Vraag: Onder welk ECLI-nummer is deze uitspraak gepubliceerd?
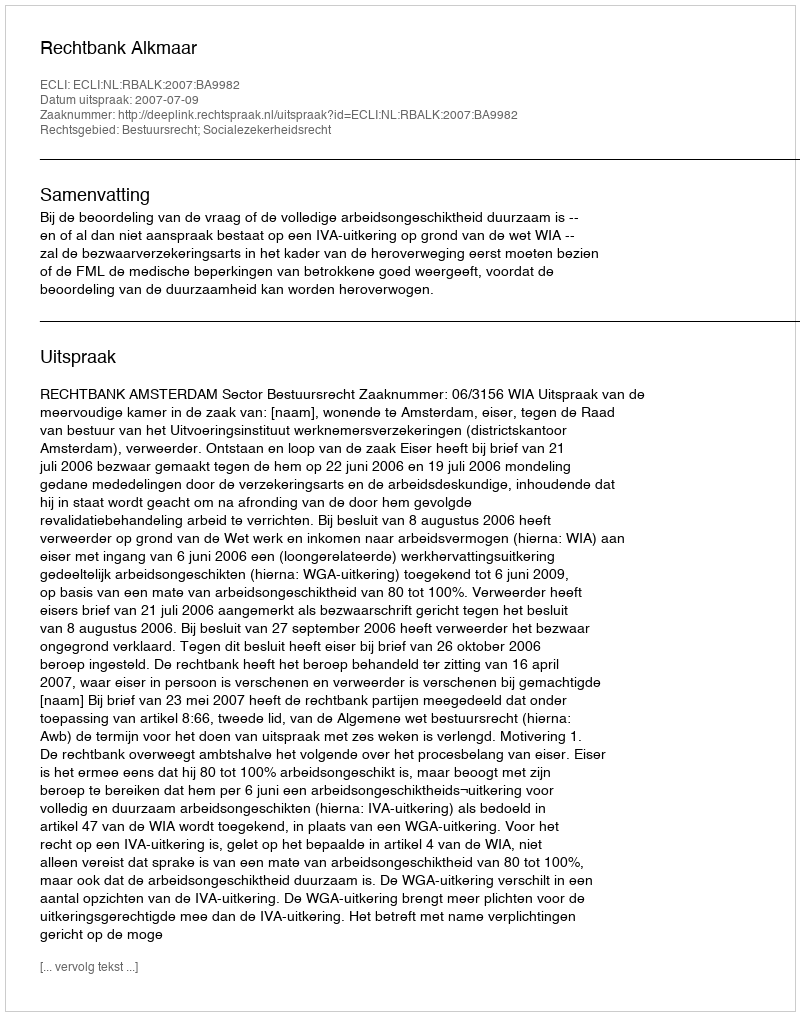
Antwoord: ECLI:NL:RBALK:2007:BA9982